Report of the Bombay Veterinary College
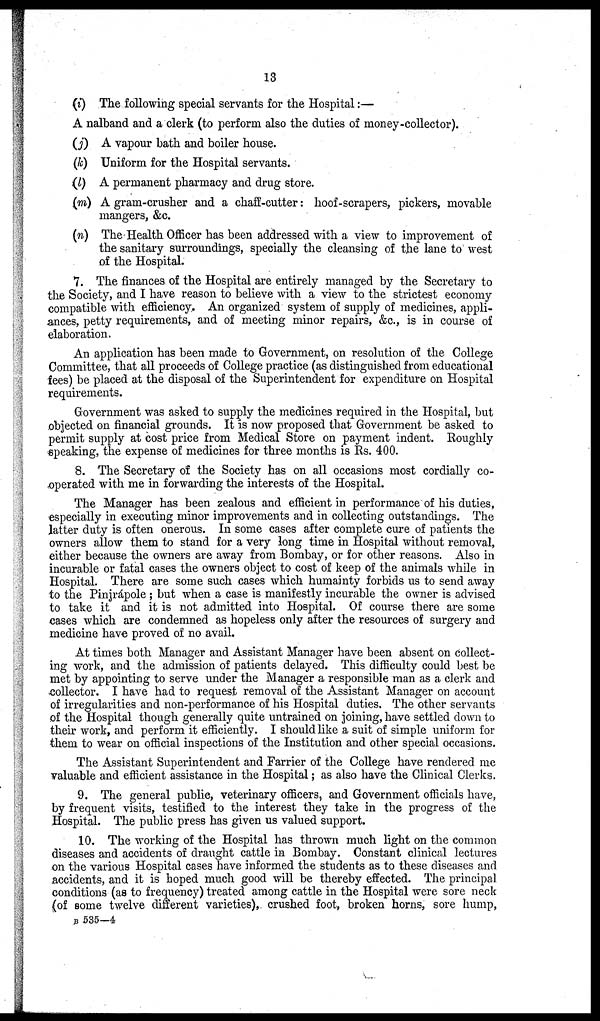
13
(i) The following special servants for the Hospital:—
A nalband and a clerk (to perform also the duties of money-collector).
(j) A vapour bath and boiler house.
(k) Uniform for the Hospital servants.
(l) A permanent pharmacy and drug store.
(m) A gram-crusher and a chaff-cutter: hoof-scrapers, pickers, movable
mangers, &c.
(n) The Health Officer has been addressed with a view to improvement of
the sanitary surroundings, specially the cleansing of the lane to west
of the Hospital.
7. The finances of the Hospital are entirely managed by the Secretary to
the Society, and I have reason to believe with a view to the strictest economy
compatible with efficiency. An organized system of supply of medicines, appli-
ances, petty requirements, and of meeting minor repairs, &c., is in course of
elaboration.
An application has been made to Government, on resolution of the College
Committee, that all proceeds of College practice (as distinguished from educational
fees) be placed at the disposal of the Superintendent for expenditure on Hospital
requirements.
Government was asked to supply the medicines required in the Hospital, but
objected on financial grounds. It is now proposed that Government be asked to
permit supply at cost price from Medical Store on payment indent. Roughly
speaking, the expense of medicines for three months is Rs. 400.
8. The Secretary of the Society has on all occasions most cordially co-
operated with me in forwarding the interests of the Hospital.
The Manager has been zealous and efficient in performance of his duties,
especially in executing minor improvements and in collecting outstandings. The
latter duty is often onerous. In some cases after complete cure of patients the
owners allow them to stand for a very long time in Hospital without removal,
either because the owners are away from Bombay, or for other reasons. Also in
incurable or fatal cases the owners object to cost of keep of the animals while in
Hospital. There are some such cases which humainty forbids us to send away
to the Pinjrápole; but when a case is manifestly incurable the owner is advised
to take it and it is not admitted into Hospital. Of course there are some
cases which are condemned as hopeless only after the resources of surgery and
medicine have proved of no avail.
At times both Manager and Assistant Manager have been absent on collect-
ing work, and the admission of patients delayed. This difficulty could best be
met by appointing to serve under the Manager a responsible man as a clerk and
collector. I have had to request removal of the Assistant Manager on account
of irregularities and non-performance of his Hospital duties. The other servants
of the Hospital though generally quite untrained on joining, have settled down to
their work, and perform it efficiently. I should like a suit of simple uniform for
them to wear on official inspections of the Institution and other special occasions.
The Assistant Superintendent and Farrier of the College have rendered me
valuable and efficient assistance in the Hospital; as also have the Clinical Clerks.
9. The general public, veterinary officers, and Government officials have,
by frequent visits, testified to the interest they take in the progress of the
Hospital. The public press has given us valued support.
10. The working of the Hospital has thrown much light on the common
diseases and accidents of draught cattle in Bombay. Constant clinical lectures
on the various Hospital cases have informed the students as to these diseases and
accidents, and it is hoped much good will be thereby effected. The principal
conditions (as to frequency) treated among cattle in the Hospital were sore neck
(of some twelve different varieties), crushed foot, broken horns, sore hump,
B 535—4